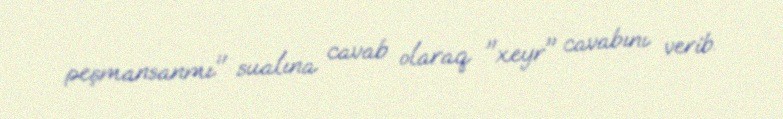
peşmansanmı" sualına cavab olaraq "xeyr" cavabını verib.